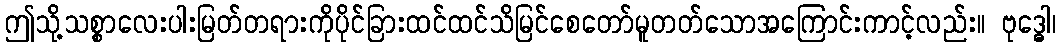
ဤသို့သစ္စာလေးပါးမြတ်တရားကိုပိုင်ခြားထင်ထင်သိမြင်စေတော်မူတတ်သောအကြောင်းကာင့်လည်း။ ဗုဒ္ဓေါ၊